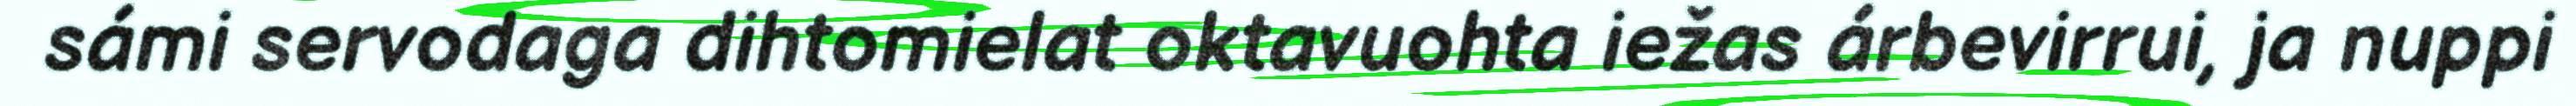
sámi servodaga dihtomielat oktavuohta iežas árbevirrui, ja nuppi